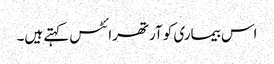
اس بیماری کو آرتھرائٹس کہتے ہیں۔